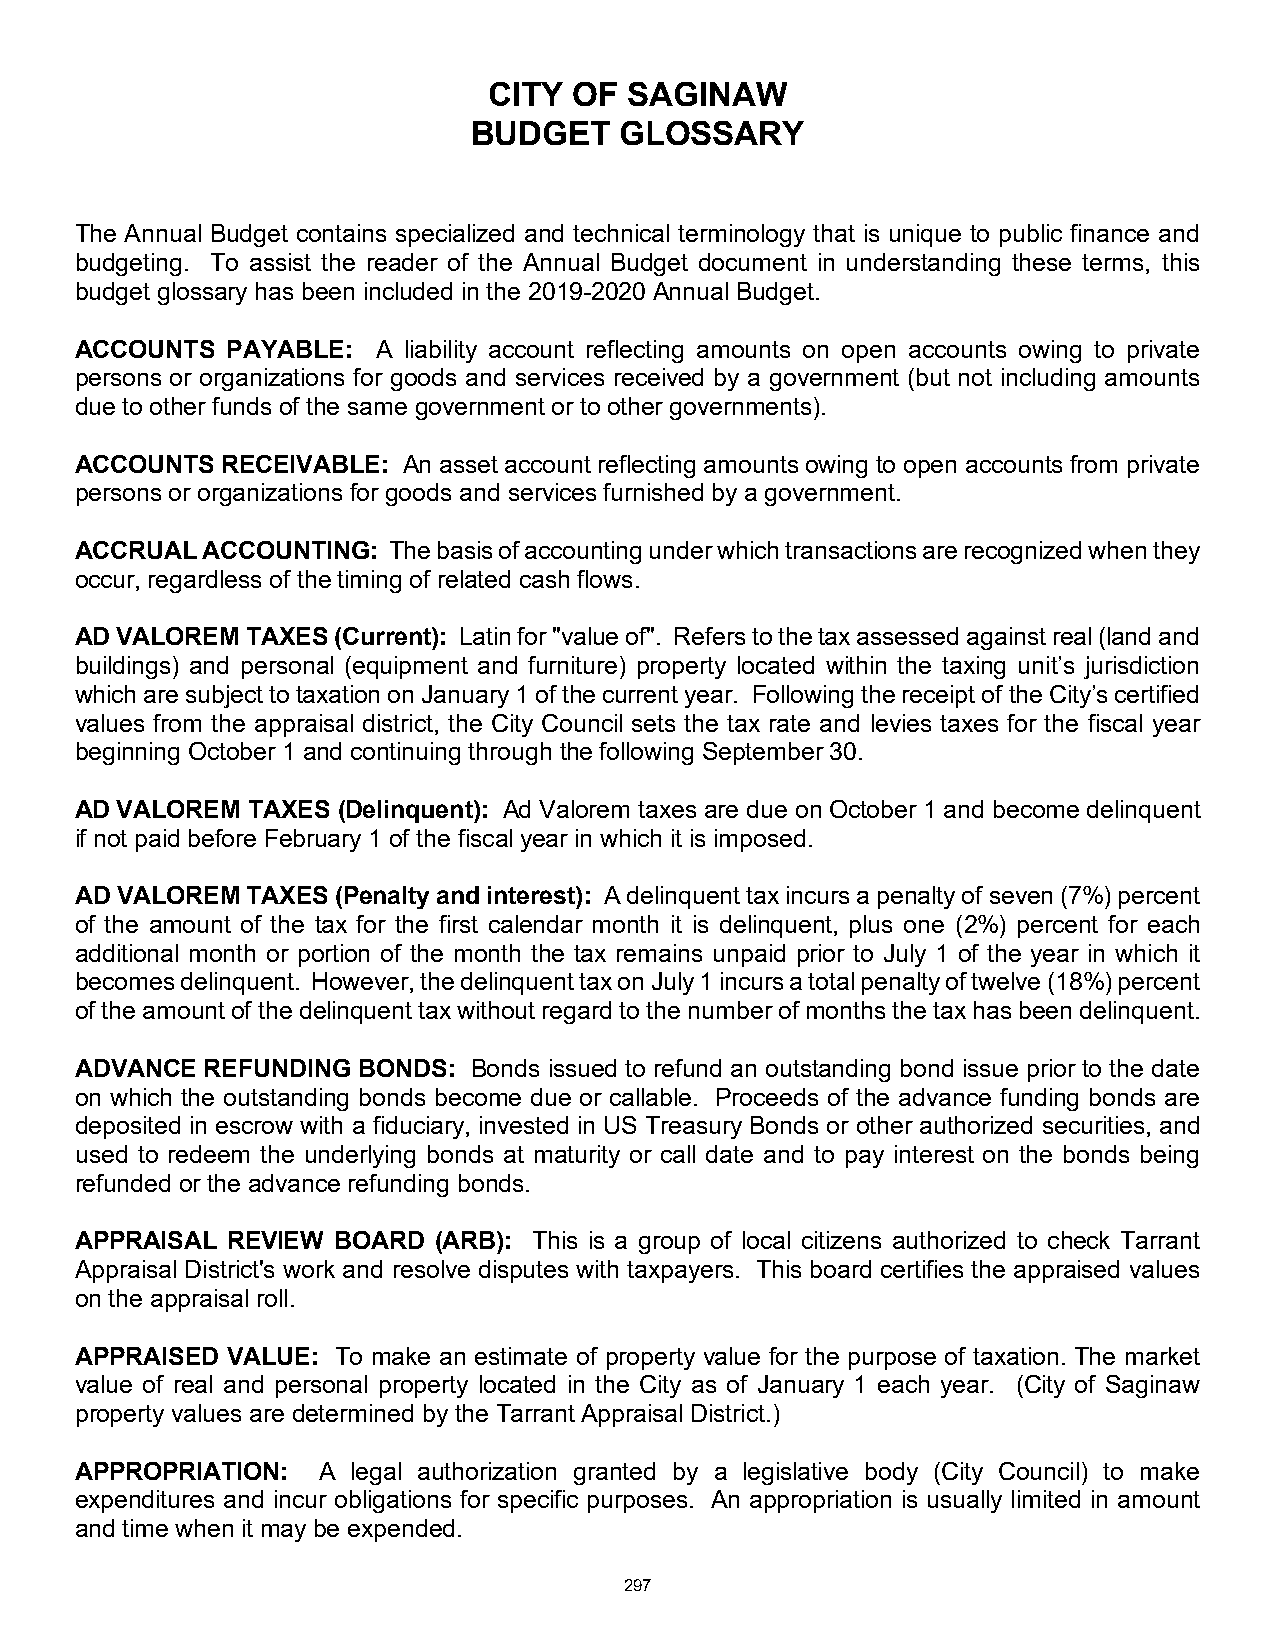
CITY  OF  SAGINAW
 BUDGET    GLOSSARY
 The Annual Budget contains specialized and technical terminology that is unique to public finance and
 budgeting. To assist the reader of the Annual Budget document in understanding these terms, this
 budget glossary has been included in the 2019-2020 Annual Budget.
 ACCOUNTS  PAYABLE:  A liability account reflecting amounts on open accounts owing to private
 persons or organizations for goods and services received by a government (but not including amounts
 due to other funds of the same government or to other governments).
 ACCOUNTS  RECEIVABLE: An asset account reflecting amounts owing to open accounts from private
 persons or organizations for goods and services furnished by a government.
 ACCRUAL ACCOUNTING:  The basis of accounting under which transactions are recognized when they
 occur, regardless of the timing of related cash flows.
 AD VALOREM TAXES (Current): Latin for "value of". Refers to the tax assessed against real (land and
 buildings) and personal (equipment and furniture) property located within the taxing unit’s jurisdiction
 which are subject to taxation on January 1 of the current year. Following the receipt of the City’s certified
 values from the appraisal district, the City Council sets the tax rate and levies taxes for the fiscal year
 beginning October 1 and continuing through the following September 30.
 AD VALOREM TAXES (Delinquent): Ad Valorem taxes are due on October 1 and become delinquent
 if not paid before February 1 of the fiscal year in which it is imposed.
 AD VALOREM TAXES (Penalty and interest): A delinquent tax incurs a penalty of seven (7%) percent
 of the amount of the tax for the first calendar month it is delinquent, plus one (2%) percent for each
 additional month or portion of the month the tax remains unpaid prior to July 1 of the year in which it
 becomes delinquent. However, the delinquent tax on July 1 incurs a total penalty of twelve (18%) percent
 of the amount of the delinquent tax without regard to the number of months the tax has been delinquent.
 ADVANCE  REFUNDING BONDS: Bonds issued to refund an outstanding bond issue prior to the date
 on which the outstanding bonds become due or callable. Proceeds of the advance funding bonds are
 deposited in escrow with a fiduciary, invested in US Treasury Bonds or other authorized securities, and
 used to redeem the underlying bonds at maturity or call date and to pay interest on the bonds being
 refunded or the advance refunding bonds.
 APPRAISAL REVIEW BOARD  (ARB): This is a group of local citizens authorized to check Tarrant
 Appraisal District's work and resolve disputes with taxpayers. This board certifies the appraised values
 on the appraisal roll.
 APPRAISED VALUE: To make an estimate of property value for the purpose of taxation. The market
 value of real and personal property located in the City as of January 1 each year. (City of Saginaw
 property values are determined by the Tarrant Appraisal District.)
 APPROPRIATION:  A legal authorization granted by a legislative body (City Council) to make
 expenditures and incur obligations for specific purposes. An appropriation is usually limited in amount
 and time when it may be expended.
 297